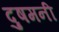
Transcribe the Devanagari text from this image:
दुषमनी